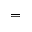
=